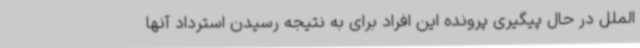
الملل در حال پیگیری پرونده این افراد برای به نتیجه رسیدن استرداد آنها